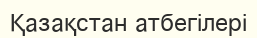
Қазақстан атбегілері